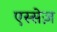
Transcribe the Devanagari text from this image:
एस्सेज़